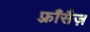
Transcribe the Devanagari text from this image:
फ़्राँसैज़